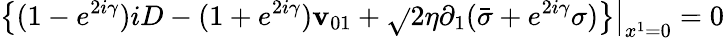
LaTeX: \left.\left\{ (1-e^{2i\gamma})iD-(1+e^{2i\gamma})\mathbf{v}_{01}+{\sqrt{}{2}}\eta\partial_{1}({\bar{{\sigma}}}+e^{2i\gamma}\sigma)\right\} \right|_{x^{1}=0}=0